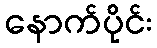
နောက်ပိုင်း